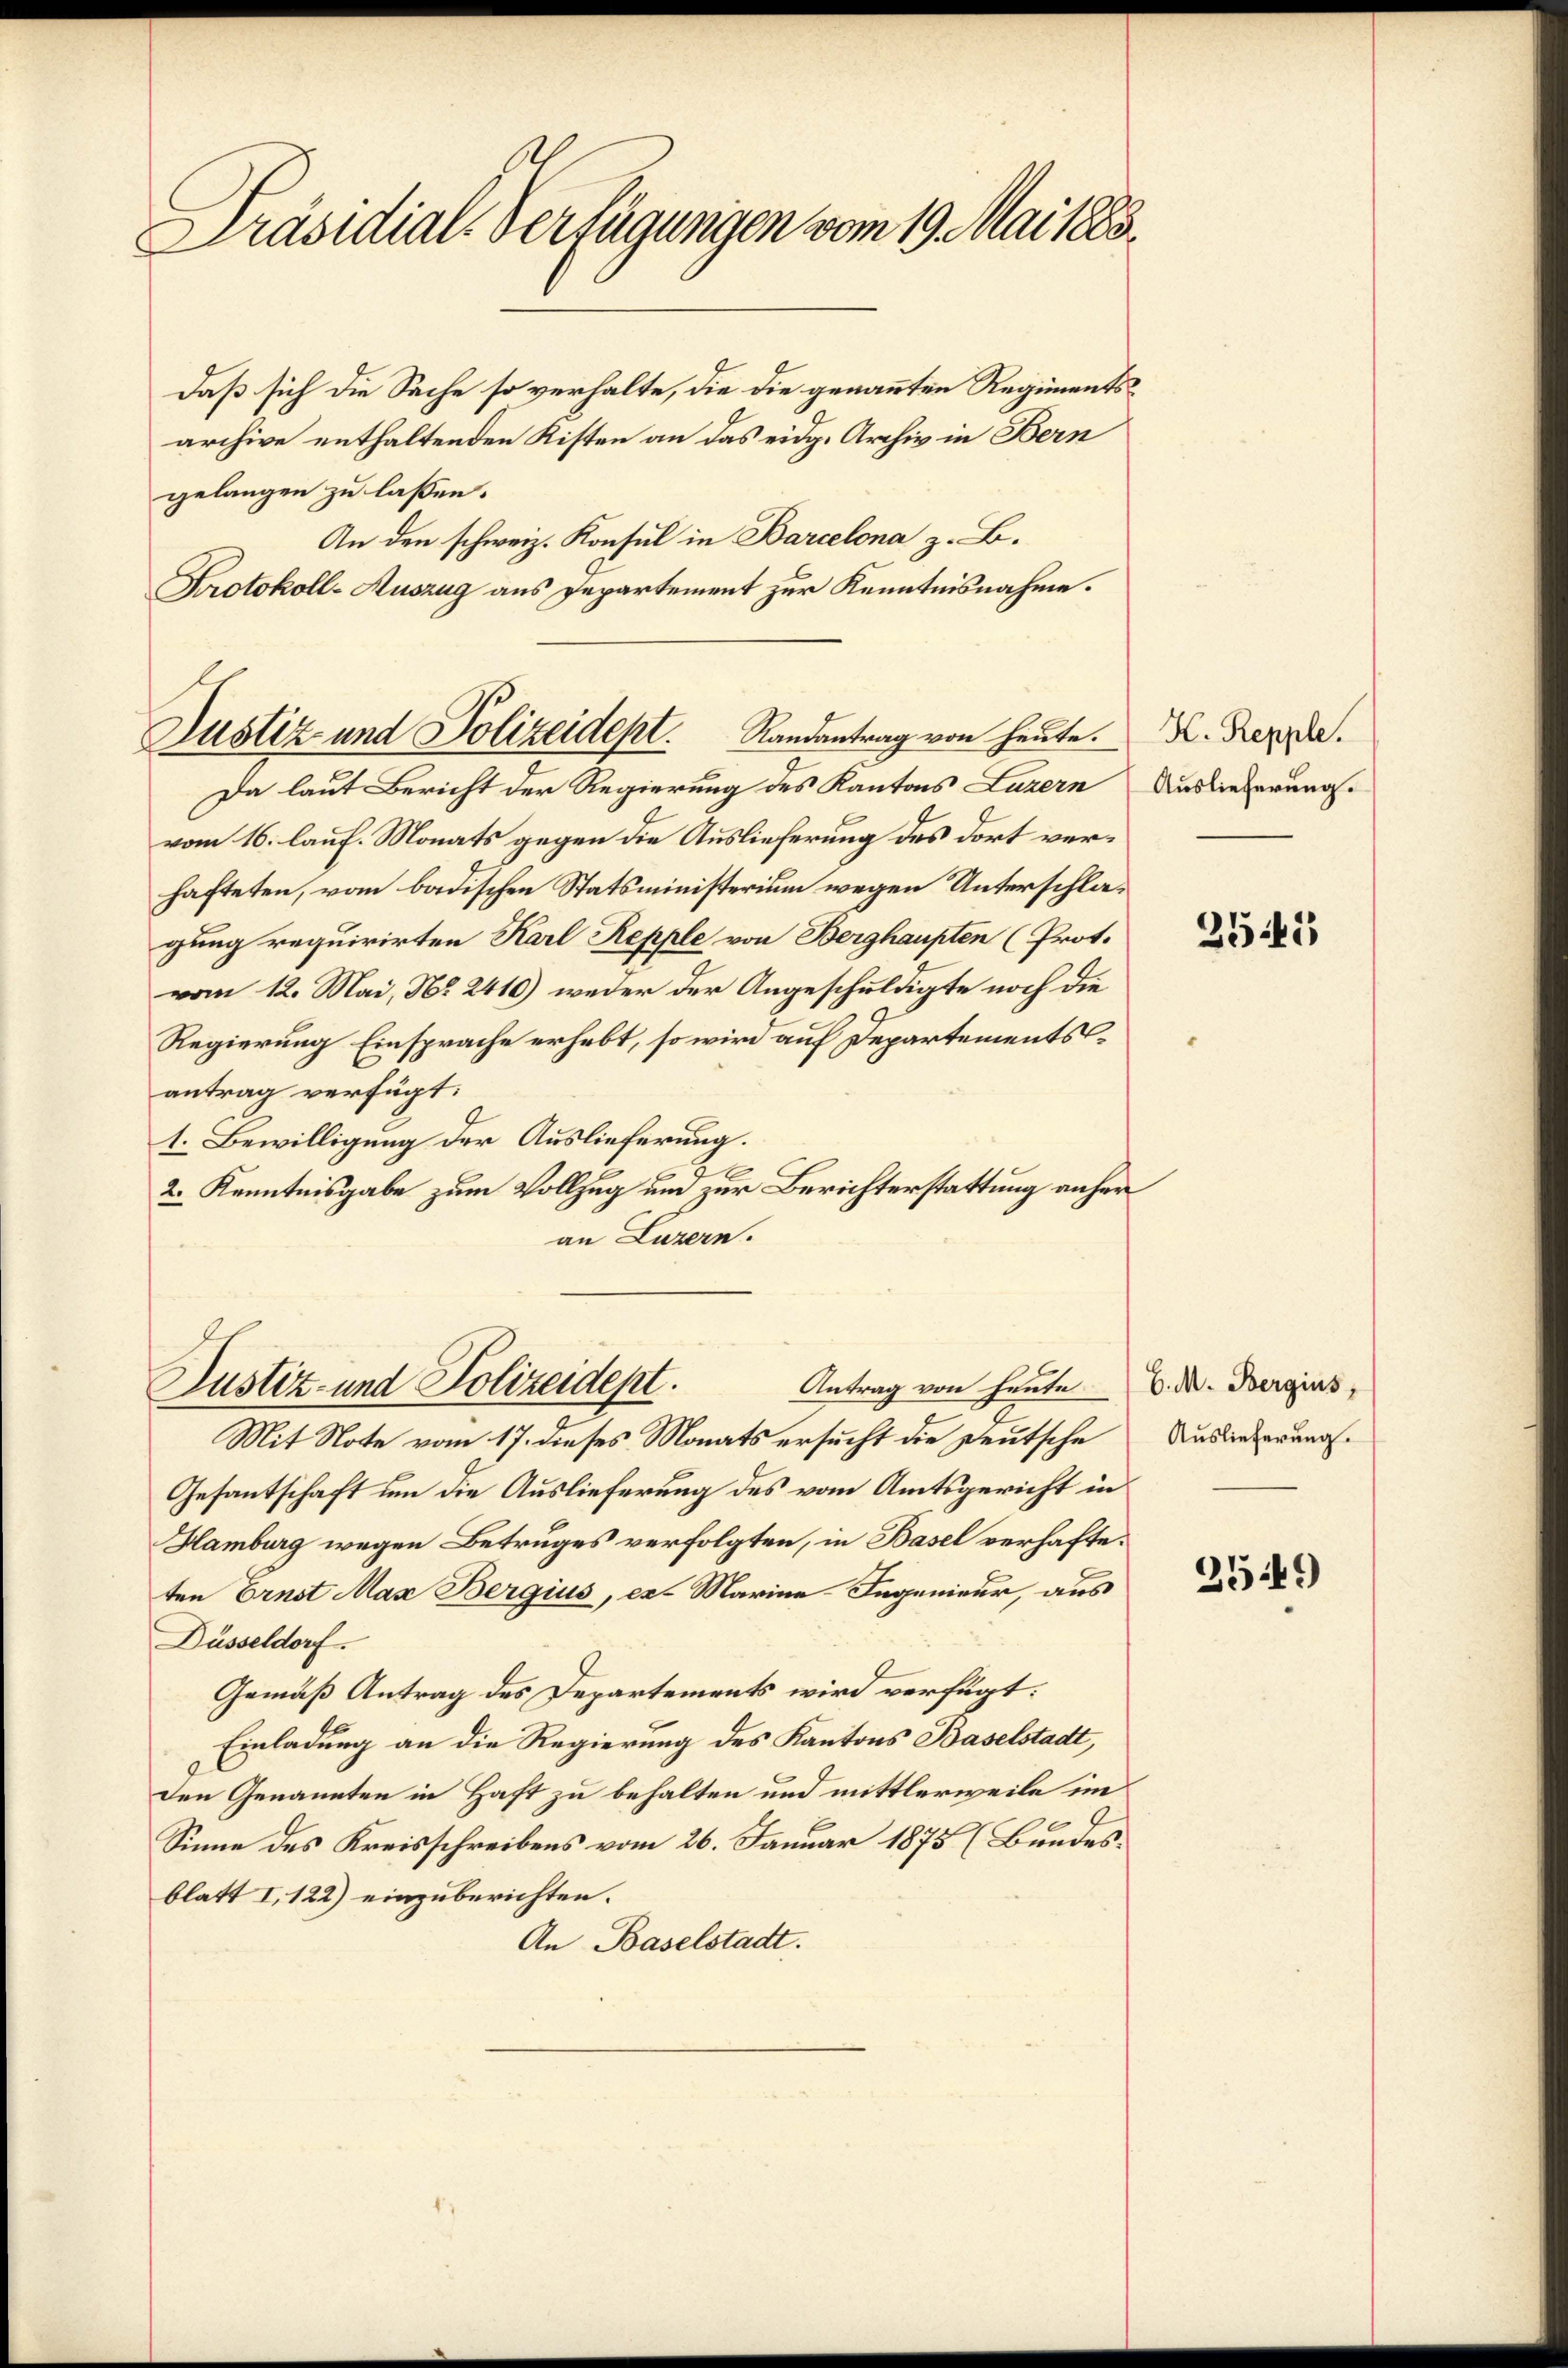
Präsidial-Verfügungen vom 19. Mai 1883.

daß sich die Sache so verhalte, die die genannten Regimentsarchive enthaltenden Kisten an das eidg. Archiv in Bern
gelangen zu lassen.
An den schweiz. Konsul in Barcelona z. B.
Protokoll-Auszug aus Departement zur Kenntnisnahme.

Justiz und Polizeidept. Randantrag von heute.
Da laut Bericht der Regierung des Kantons Luzern

Antrag von heute
Justiz- und Polizeidept.

vom 16. lauf. Monats gegen die Auslieferung des dort verhafteten, vom badischen Statsministerium wegen Unterschlagung requirirten Karl Repple von Berghaupten (Prot.
vom 12. Mai, No. 2410) weder der Angeschuldigte noch die
Regierung Einsprache erhebt, so wird auf Departementsantrag verfügt:
1. Bewilligung der Auslieferung.
2. Kenntnisgabe zum Vollzug und zur Berichterstattung anher
an Luzern.

Mit Note vom 17. dieses Monats ersucht die Deutsche
Gesantschaft um die Auslieferung des vom Amtsgericht in
Hamburg wegen Betruges verfolgten, in Basel verhafteten Ernst Max Bergius, er Marine-Ingenieur, aus
Düsseldorf.
Gemäß Antrag des Departements wird verfügt:
Einladung an die Regierung des Kantons Baselstadt,
den Genannten in Haft zu behalten und mittlerweile im
Sinne des Kreisschreibens vom 26. Januar 1875 (Bundesblatt I, 122) einzuberichten.
An Baselstadt.

K. Repple.
Auslieferung.

2543

C. M. Bergius,
Auslieferung.

2549)